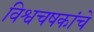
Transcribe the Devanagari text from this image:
विश्वचषकांचे